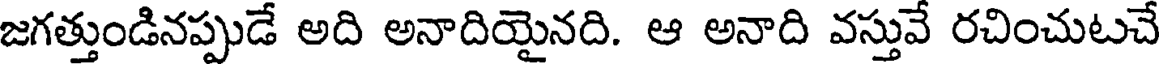
జగత్తుండినప్పుడే అది అనాదియైనది. ఆ అనాది వస్తువే రచించుటచే